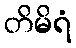
တိမိရံ